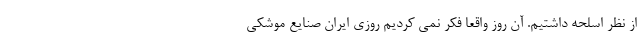
از نظر اسلحه داشتیم. آن روز واقعا فکر نمی کردیم روزی ایران صنایع موشکی